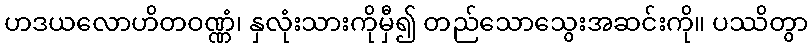
ဟဒယလောဟိတဝဏ္ဏံ၊ နှလုံးသားကိုမှီ၍ တည်သောသွေးအဆင်းကို။ ပဿိတွာ